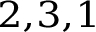
^ { 2 , 3 , 1 }